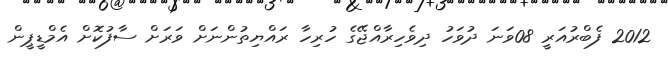
2012 ފެބްރުއަރީ 08ވަނަ ދުވަހު ދިވެހިރާއްޖޭގެ ހުރިހާ ރައްޔިތުންނަށް ވަރަށް ސާފުކޮށް އެމްޑީޕީން